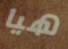
هيا